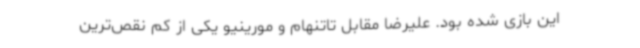
این بازی شده بود. علیرضا مقابل تاتنهام و مورینیو یکی از کم نقص‌ترین